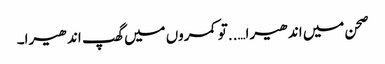
صحن میں اندھیرا…..تو کمروں میں گھپ اندھیرا۔